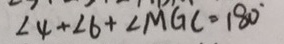
\angle 4 + \angle 6 + \angle M G C = 1 8 0 ^ { \circ }